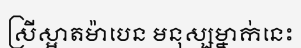
ស្រីស្អាតម៉ាបេន មនុស្សម្នាក់នេះ